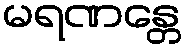
မရဏန္တေ